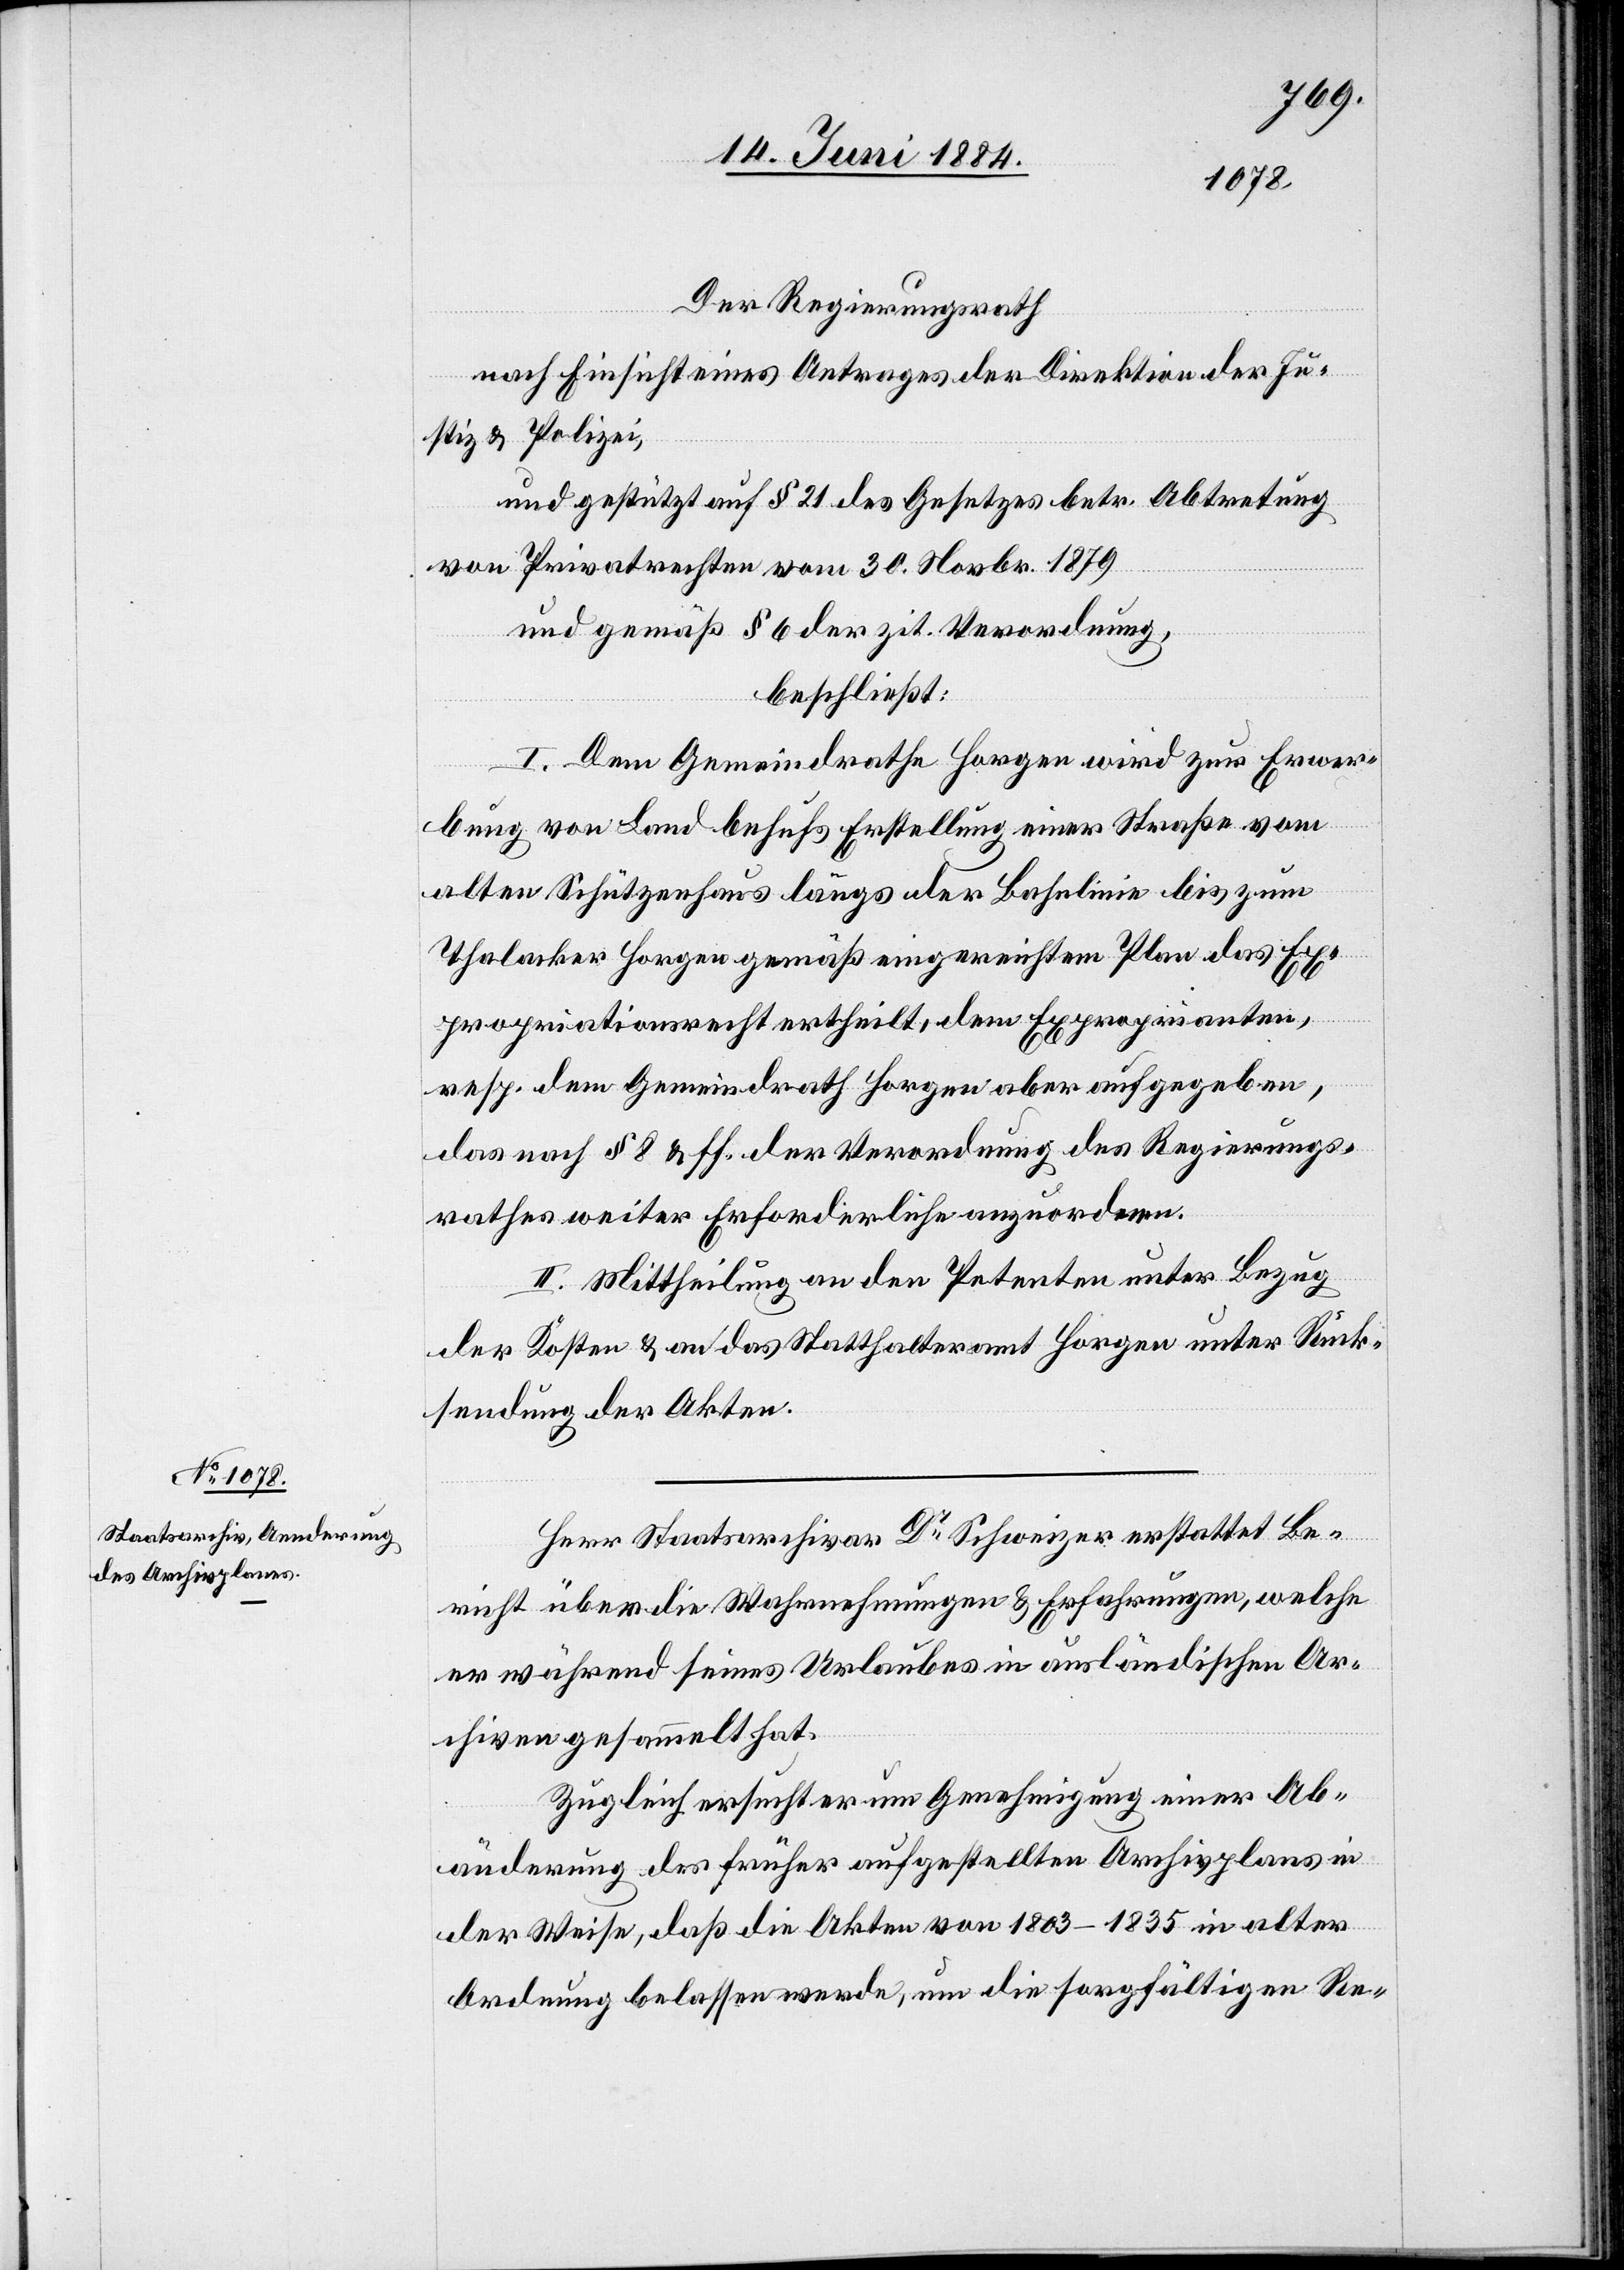
Der Regierungsrath
nach Einsicht eines Antrages der Direktion der Ju¬
stiz & Polizei,
und gestützt auf § 21 des Gesetzes betr. Abtretung
von Privatrechten vom 30. Novbr. 1879
und gemäß § 6 der zit. Verordnung,
beschließt:
I. Dem Gemeindrathe Horgen wird zur Erwer¬
bung von Land behufs Erstellung einer Straße vom
alten Schützenhaus längs der Bahnlinie bis zum
Thalacker Horgen gemäß eingereichtem Plan das Ex¬
propriationsrecht ertheilt, dem Exproprianten,
resp. dem Gemeindrath Horgen aber aufgegeben,
das nach § 8 & ff. der Verordnung des Regierungs¬
rathes weiter Erforderliche anzuordnen.
II. Mittheilung an den Petenten unter Bezug
der Kosten & an das Statthalteramt Horgen unter Rück¬
sendung der Akten.
Herr Staatsarchivar Dr Schweizer erstattet Be¬
richt über die Wahrnehmungen & Erfahrungen, welche
er während seines Urlaubes in ausländischen Ar¬
chiven gesammelt hat.
Zugleich ersucht er um Genehmigung einer Ab¬
änderung des früher aufgestellten Archivplanes in
der Weise, daß die Akten von 1803–1835 in alter
Ordnung belassen werde, um die sorgfältigen Re-